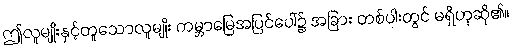
ဤလူမျိုးနှင့်တူသောလူမျိုး ကမ္ဘာမြေအပြင်ပေါ်၌ အခြား တစ်ပါးတွင် မရှိဟုဆို၏။